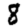
Digit: 8